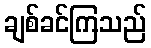
ချစ်ခင်ကြသည်